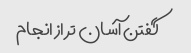
گفتن آسان تر از انجام